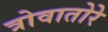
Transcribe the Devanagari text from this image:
त्रोवातोरे